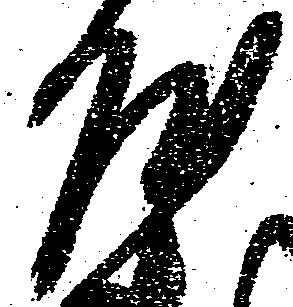
屋